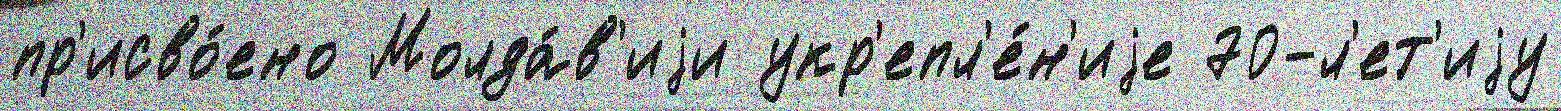
пр'исво́ено Молда́в'иjи укр'епл'е́н'иjе 70-л'ет'иjу